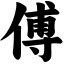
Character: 傅